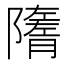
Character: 𨽋